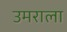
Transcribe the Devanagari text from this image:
उमराला